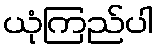
ယုံကြည်ပါ